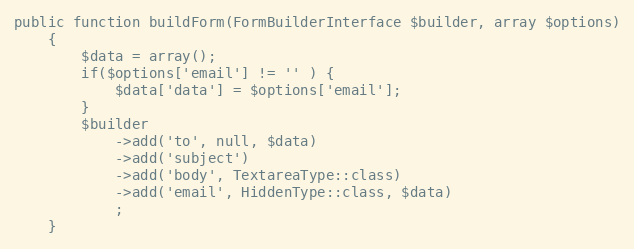
Language: PHP
public function buildForm(FormBuilderInterface $builder, array $options)
    {
        $data = array();
        if($options['email'] != '' ) {
            $data['data'] = $options['email'];
        }
        $builder
            ->add('to', null, $data)
            ->add('subject')
            ->add('body', TextareaType::class)
            ->add('email', HiddenType::class, $data)
            ;
    }